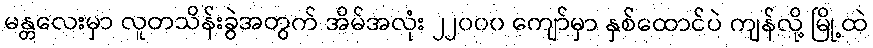
မန္တလေးမှာ လူတသိန်းခွဲအတွက် အိမ်အလုံး ၂၂၀၀၀ ကျော်မှာ နှစ်ထောင်ပဲ ကျန်လို့ မြို့ထဲ